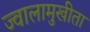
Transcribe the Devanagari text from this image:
ज्वालामुखीता